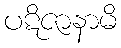
ပဋိဇာနာမိ